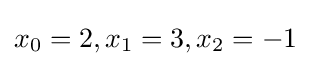
x_{0}=2,x_{1}=3,x_{2}=-1